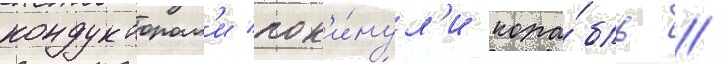
кондукторам'и пок'и́нул'и кора́бль //